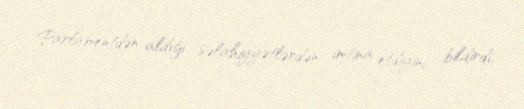
Parlamentdən aldığı səlahiyyətlərdən imtina etdiyini bildirdi.